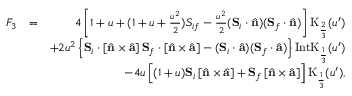
\begin{array} { r l r } { F _ { 3 } } & { = } & { 4 \left[ 1 + u + ( 1 + u + \frac { u ^ { 2 } } { 2 } ) { S } _ { i f } - \frac { u ^ { 2 } } { 2 } ( { \bf S } _ { i } \cdot \hat { \bf n } ) ( { \bf S } _ { f } \cdot \hat { \bf n } ) \right] \mathrm { K } _ { \frac { 2 } { 3 } } ( u ^ { \prime } ) } \\ & { } & { + 2 u ^ { 2 } \left\{ { \bf S } _ { i } \cdot \left[ \hat { \bf n } \times \hat { \bf a } \right] { \bf S } _ { f } \cdot \left[ \hat { \bf n } \times \hat { \bf a } \right] - ( { \bf S } _ { i } \cdot \hat { \bf a } ) ( { \bf S } _ { f } \cdot \hat { \bf a } ) \right\} \mathrm { I n t K } _ { \frac { 1 } { 3 } } ( u ^ { \prime } ) } \\ & { } & { - 4 u \left[ ( 1 + u ) { \bf S } _ { i } \left[ \hat { \bf n } \times \hat { \bf a } \right] + { \bf S } _ { f } \left[ \hat { \bf n } \times \hat { \bf a } \right] \right] \mathrm { K } _ { \frac { 1 } { 3 } } ( u ^ { \prime } ) , } \end{array}